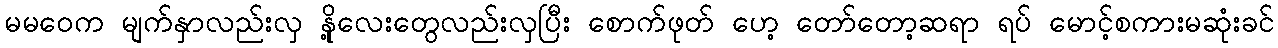
မမဝေက မျက်နှာလည်းလှ နို့လေးတွေလည်းလှပြီး စောက်ဖုတ် ဟေ့ တော်တော့ဆရာ ရပ် မောင့်စကားမဆုံးခင်